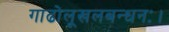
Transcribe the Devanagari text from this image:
गाढोलूखलबन्धनः।